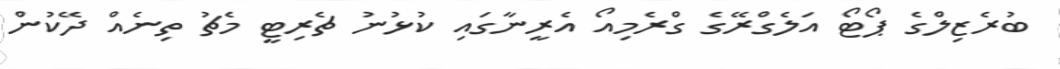
ބުރެޒިލްގެ ޕޯޓޯ އަލެގްރޭގެ ގްރެމިއޯ އެރީނާގައި ކުޅުނު ޗެރިޓީ މެޗު ތިނެއް ދޭކުން